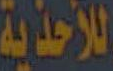
للأحذية